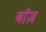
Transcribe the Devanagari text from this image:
बाँज़